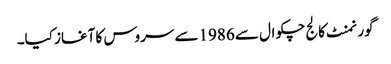
گورنمنٹ کالج چکوال سے 1986سے سروس کا آغاز کیا۔